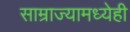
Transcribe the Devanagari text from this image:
साम्राज्यामध्येही